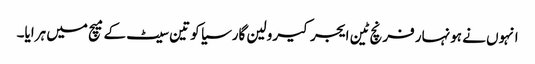
انہوں نے ہونہار فرنچ ٹین ایجر کیرولین گارسیا کو تین سیٹ کے میچ میں ہرایا۔